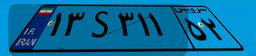
۱۳S۳۱۱۵۲